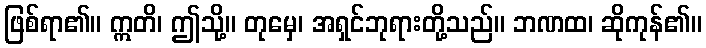
ဖြစ်ရာ၏။ ဣတိ၊ ဤသို့။ တုမှေ၊ အရှင်ဘုရားတို့သည်။ ဘဏထ၊ ဆိုကုန်၏။